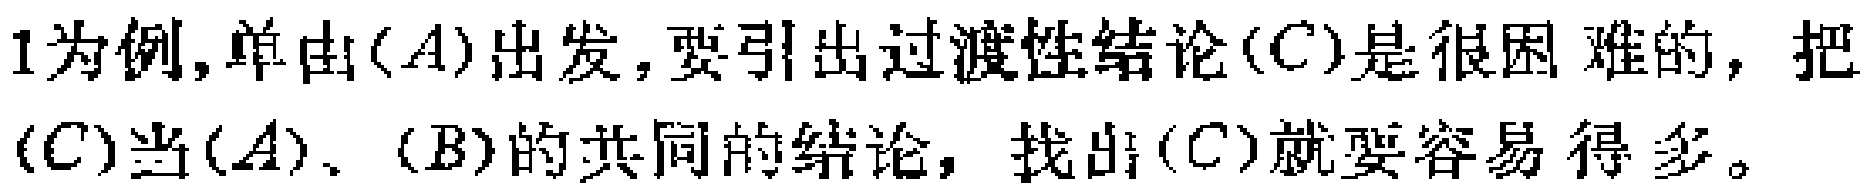
1为例,单由$(A)$出发,要引出过渡性结论$(C)$是很困难的，把$(C)$当$(A)$、$(B)$的共同的结论，找出$(C)$就要容易得多。